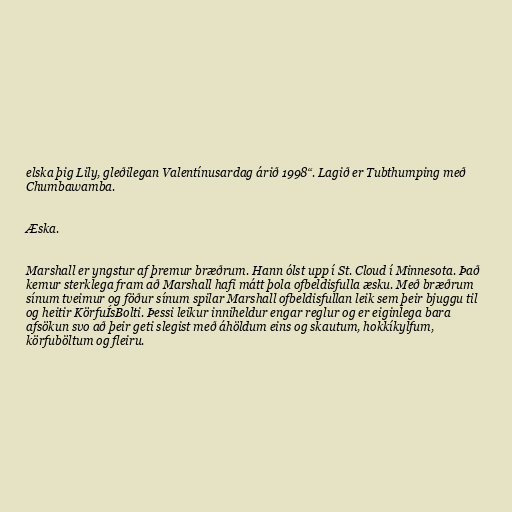
elska þig Lily, gleðilegan Valentínusardag árið 1998“. Lagið er Tubthumping með
Chumbawamba.

Æska.

Marshall er yngstur af þremur bræðrum. Hann ólst upp í St. Cloud í Minnesota. Það
kemur sterklega fram að Marshall hafi mátt þola ofbeldisfulla æsku. Með bræðrum
sínum tveimur og föður sínum spilar Marshall ofbeldisfullan leik sem þeir bjuggu til
og heitir KörfuÍsBolti. Þessi leikur inniheldur engar reglur og er eiginlega bara
afsökun svo að þeir geti slegist með áhöldum eins og skautum, hokkíkylfum,
körfuböltum og fleiru.